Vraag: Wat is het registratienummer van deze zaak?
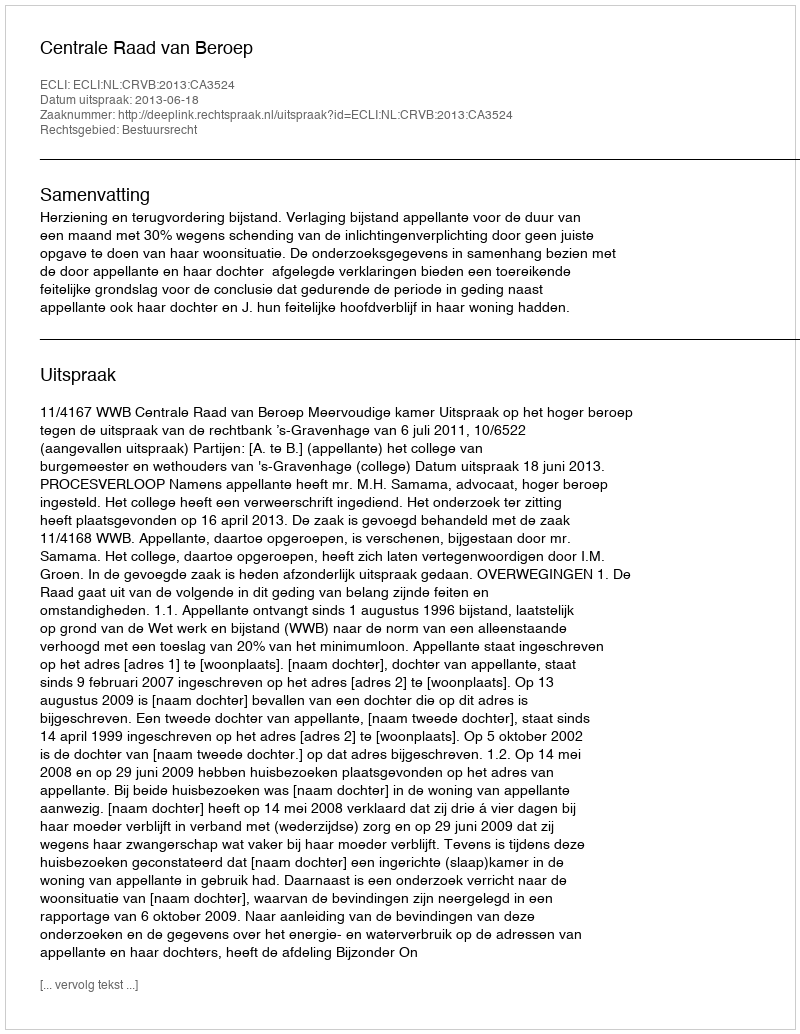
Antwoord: http://deeplink.rechtspraak.nl/uitspraak?id=ECLI:NL:CRVB:2013:CA3524